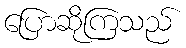
ပြောဆိုကြသည်